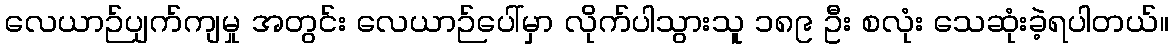
လေယာဉ်ပျက်ကျမှု အတွင်း လေယာဉ်ပေါ်မှာ လိုက်ပါသွားသူ ၁၈၉ ဦး စလုံး သေဆုံးခဲ့ရပါတယ်။